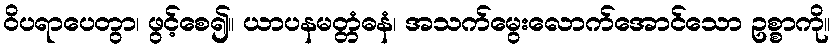
ဝိပရာပေတွာ၊ ဖွင့်စေ၍။ ယာပနမတ္တံဓနံ၊ အသက်မွေးလောက်အောင်သော ဥစ္စာကို။